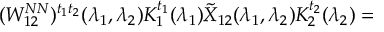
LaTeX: ( W _ { 1 2 } ^ { N N } ) ^ { t _ { 1 } t _ { 2 } } ( \lambda _ { 1 } , \lambda _ { 2 } ) K _ { 1 } ^ { t _ { 1 } } ( \lambda _ { 1 } ) \tilde { X } _ { 1 2 } ( \lambda _ { 1 } , \lambda _ { 2 } ) K _ { 2 } ^ { t _ { 2 } } ( \lambda _ { 2 } ) =